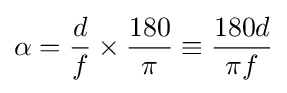
\alpha ={d \over f}\times {180 \over \pi }\equiv {180d \over \pi f}